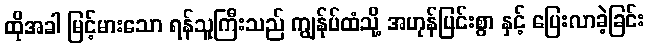
ထိုအခါ မြင့်မားသော ရန်သူကြီးသည် ကျွန်ုပ်ထံသို့ အဟုန်ပြင်းစွာ နှင့် ပြေးလာခဲ့ခြင်း